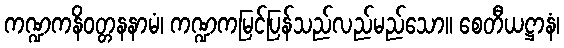
ကဏ္ဍကနိဝတ္တနနာမံ၊ ကဏ္ဍကမြင်ပြန်သည်လည်မည်သော။ စေတီယဋ္ဌာနံ၊